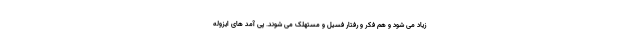
زیاد می شود و هم فکر و رفتار فسیل و مستهلک می شوند. پی آمد های ایزوله